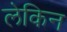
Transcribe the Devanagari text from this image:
लेकिन